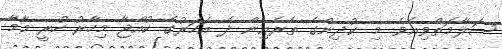
ސަލާމަތްވިއެވެ. މި ކުދިންގެ ތެރެއިން ދެ އަހަރުގެ ކުއްޖާ މިހާރު ހުރީ މާމާ